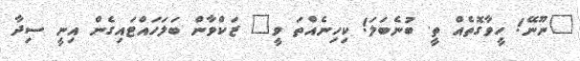
"ނޫނޭ! ހީވާގޮތެއް ތީ. ބުނެބަލަ! ކިހިނެއްތަ ވީ" ޒަކްވާން ބަލަހައްޓައިގެން އިނީ ސިދާ